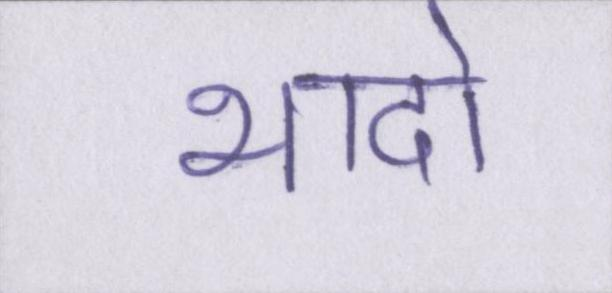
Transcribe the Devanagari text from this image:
भादो